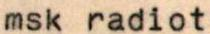
msk radiot